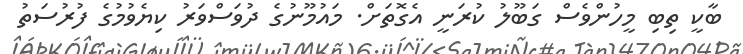
ބާކީ ތިބި މީހުންވެސް ގަބޫލު ކުރަނީ އެގޮތަށް. މައުމޫނުގެ ދުވަސްވަރު ކިޔެވުމުގެ ފުރުސަތު